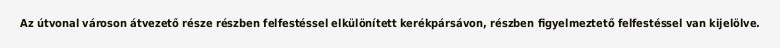
Az útvonal városon átvezető része részben felfestéssel elkülönített kerékpársávon, részben figyelmeztető felfestéssel van kijelölve.